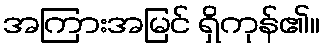
အကြားအမြင် ရှိကုန်၏။